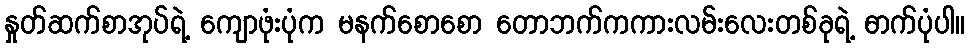
နှုတ်ဆက်စာအုပ်ရဲ့ ကျောဖုံးပုံက မနက်စောစော တောဘက်ကကားလမ်းလေးတစ်ခုရဲ့ ဓာက်ပုံပါ။